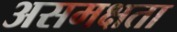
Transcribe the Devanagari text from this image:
असमक्षता